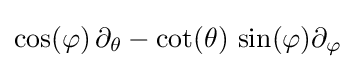
\cos(\varphi )\,\partial _{\theta }-\cot(\theta )\,\sin(\varphi )\partial _{\varphi }